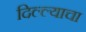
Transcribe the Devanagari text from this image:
दिल्ल्याचा